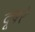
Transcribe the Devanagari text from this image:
दूबरे